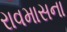
રાવમાસના